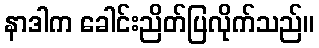
နာဒါက ခေါင်းညိတ်ပြလိုက်သည်။